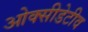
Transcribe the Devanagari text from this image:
ओक्सीडेटीव